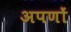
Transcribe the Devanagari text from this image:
अपणों